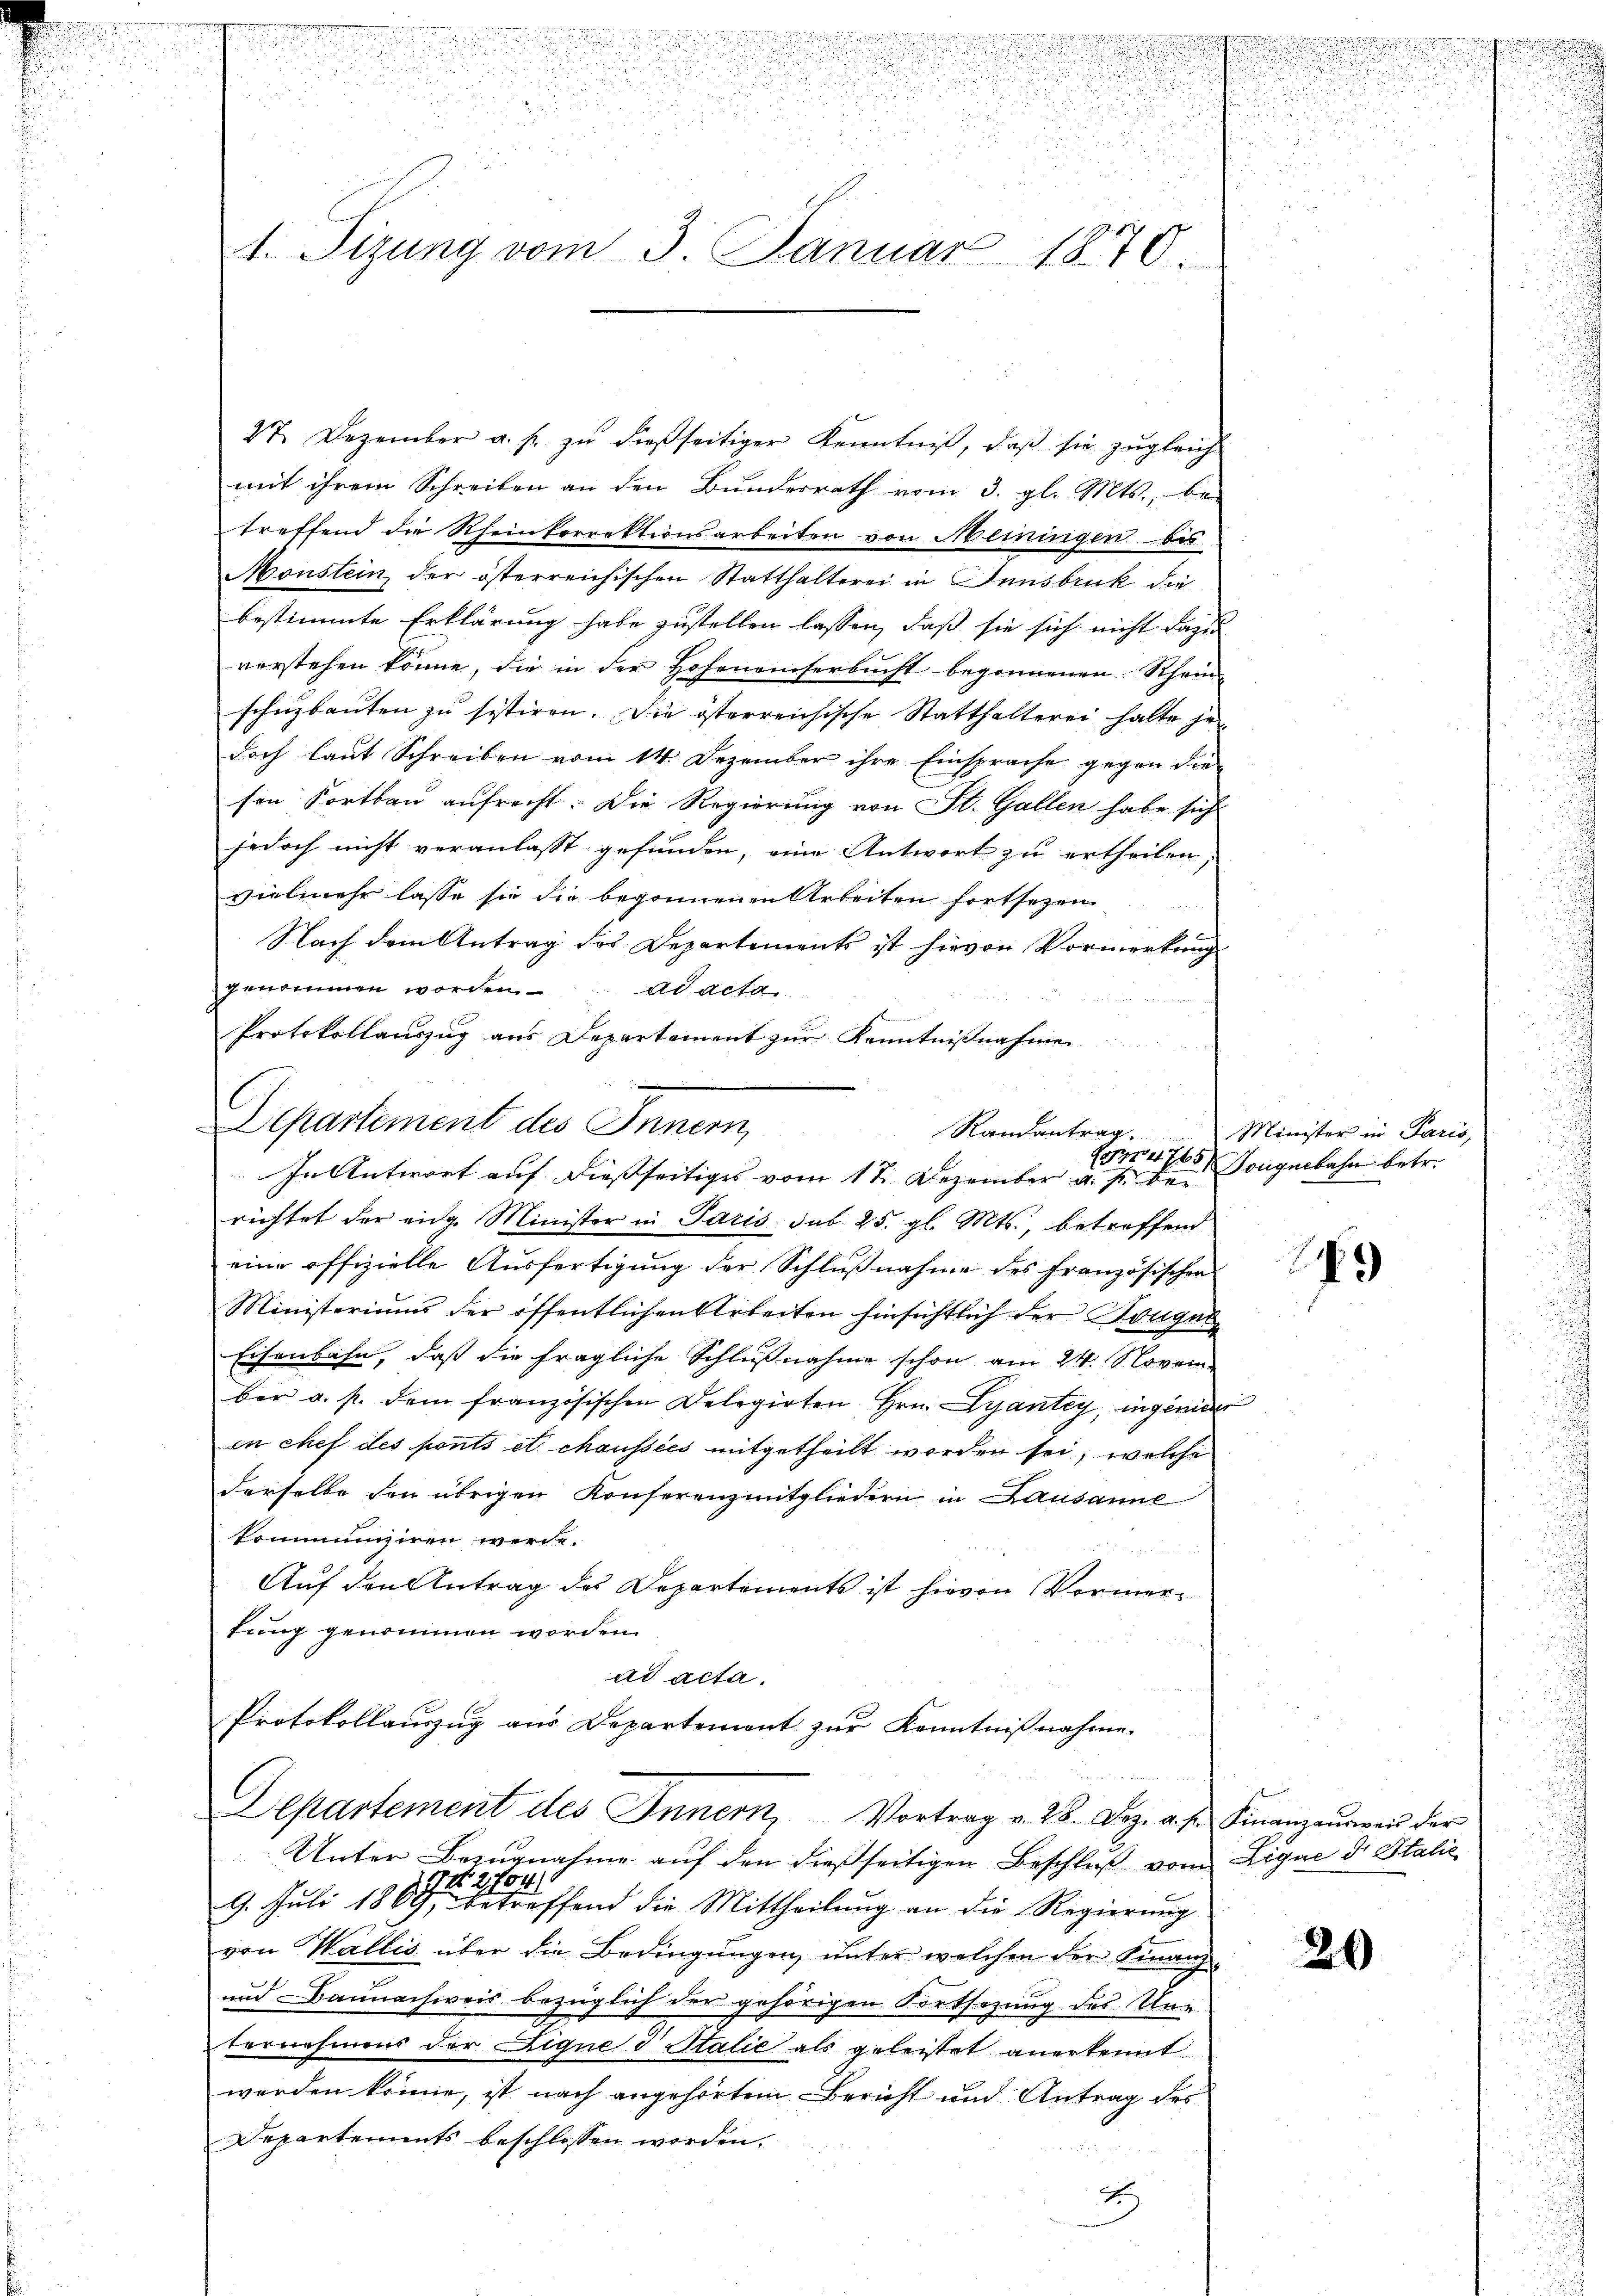
u

.

.

u
.

.
.

u

.

.
u
u
1. Sizung vom 3. Januar 1840

27. Dezember a. s. zŭ dießseitiger Kenntniβ, daβ sie zŭgleich
mit ihrem Schreiben an den Bundesrath vom 3. gl. Mts., be
treffend die Rheinkorrektionsarbeiten von Meiningen bis
Monstein der österreichischen Statthalterei in Innsbruk die
bestimmte Erklärung habe zustellen lassen, daß sie sich nicht das
verstehen könne, die in der Hoheneinserbucht begonnenen Rhein-
schuzbauten zu sistiren. Die österreichische Statthalterei halte je
doch laut Schreiben vom 14. Dezember ihre Einsprache gegen die
sen Fortbau aufrecht. Die Regierung von St. Gallen habe sich
jedoch nicht veranlasst gefunden, eine Antwort zu ertheilen,
vielmehr lasse sie die begonnenen Arbeiten fortsetzen
Nach dem Antrag des Departements ist hievon Vormerkung
genommen worden.
ad acta
Protokollauszug aus Departement zur Kenntnißnahme

richtet der eige Minister in Paris sub 25. gl. Mts., betreffend
eine offizielle Ausfertigung der Schlußnahme des französischen
Ministeriums der öffentlichen Arbeiten hinsichtlich der Konges
Eisenbahn, daß die fragliche Schlußnahme schon am 24. Novem-
ber a. p. dem französischen Delegirten Hrn. Lyantey, ingender
in chef des ponts et chaussées mitgetheilt worden sei, welche
derselbe den übrigen Konferenzmitgliedern in Lausanne
kommunziren werde.
Auf den Antrag des Departements ist hievon Vormertung genommen worden.
ad acta.
Protokollauszug aus Departement zur Kenntnißnahme.
Departement des Innern, Vortrag v. 28. Dez. a. f. Finanzausweis der
Unter Bezugnahme aŭf den dießseitigen Beschluß vom Ligne der Stalie
184
2
9. Juli 1869 betreffend die Mittheilŭng an die Regierung
von Wallis über die Bedingungen, unter welchen der Finanz-
und Bannachweis bezüglich der gehörigen Fortsetzung des Urg
ternehmens der Ligne d. Stalie als geleistet anerkennt
worden könne, ist nach angehörtem Bericht und Antrag des
Departements beschlossen worden.
2

Departement des Innern, Randantrag. Minister in Paris,
E4765
In Antwort auf dießseitiges vom 17. Dezember a. s. bei Songuebahn betr.

4

26